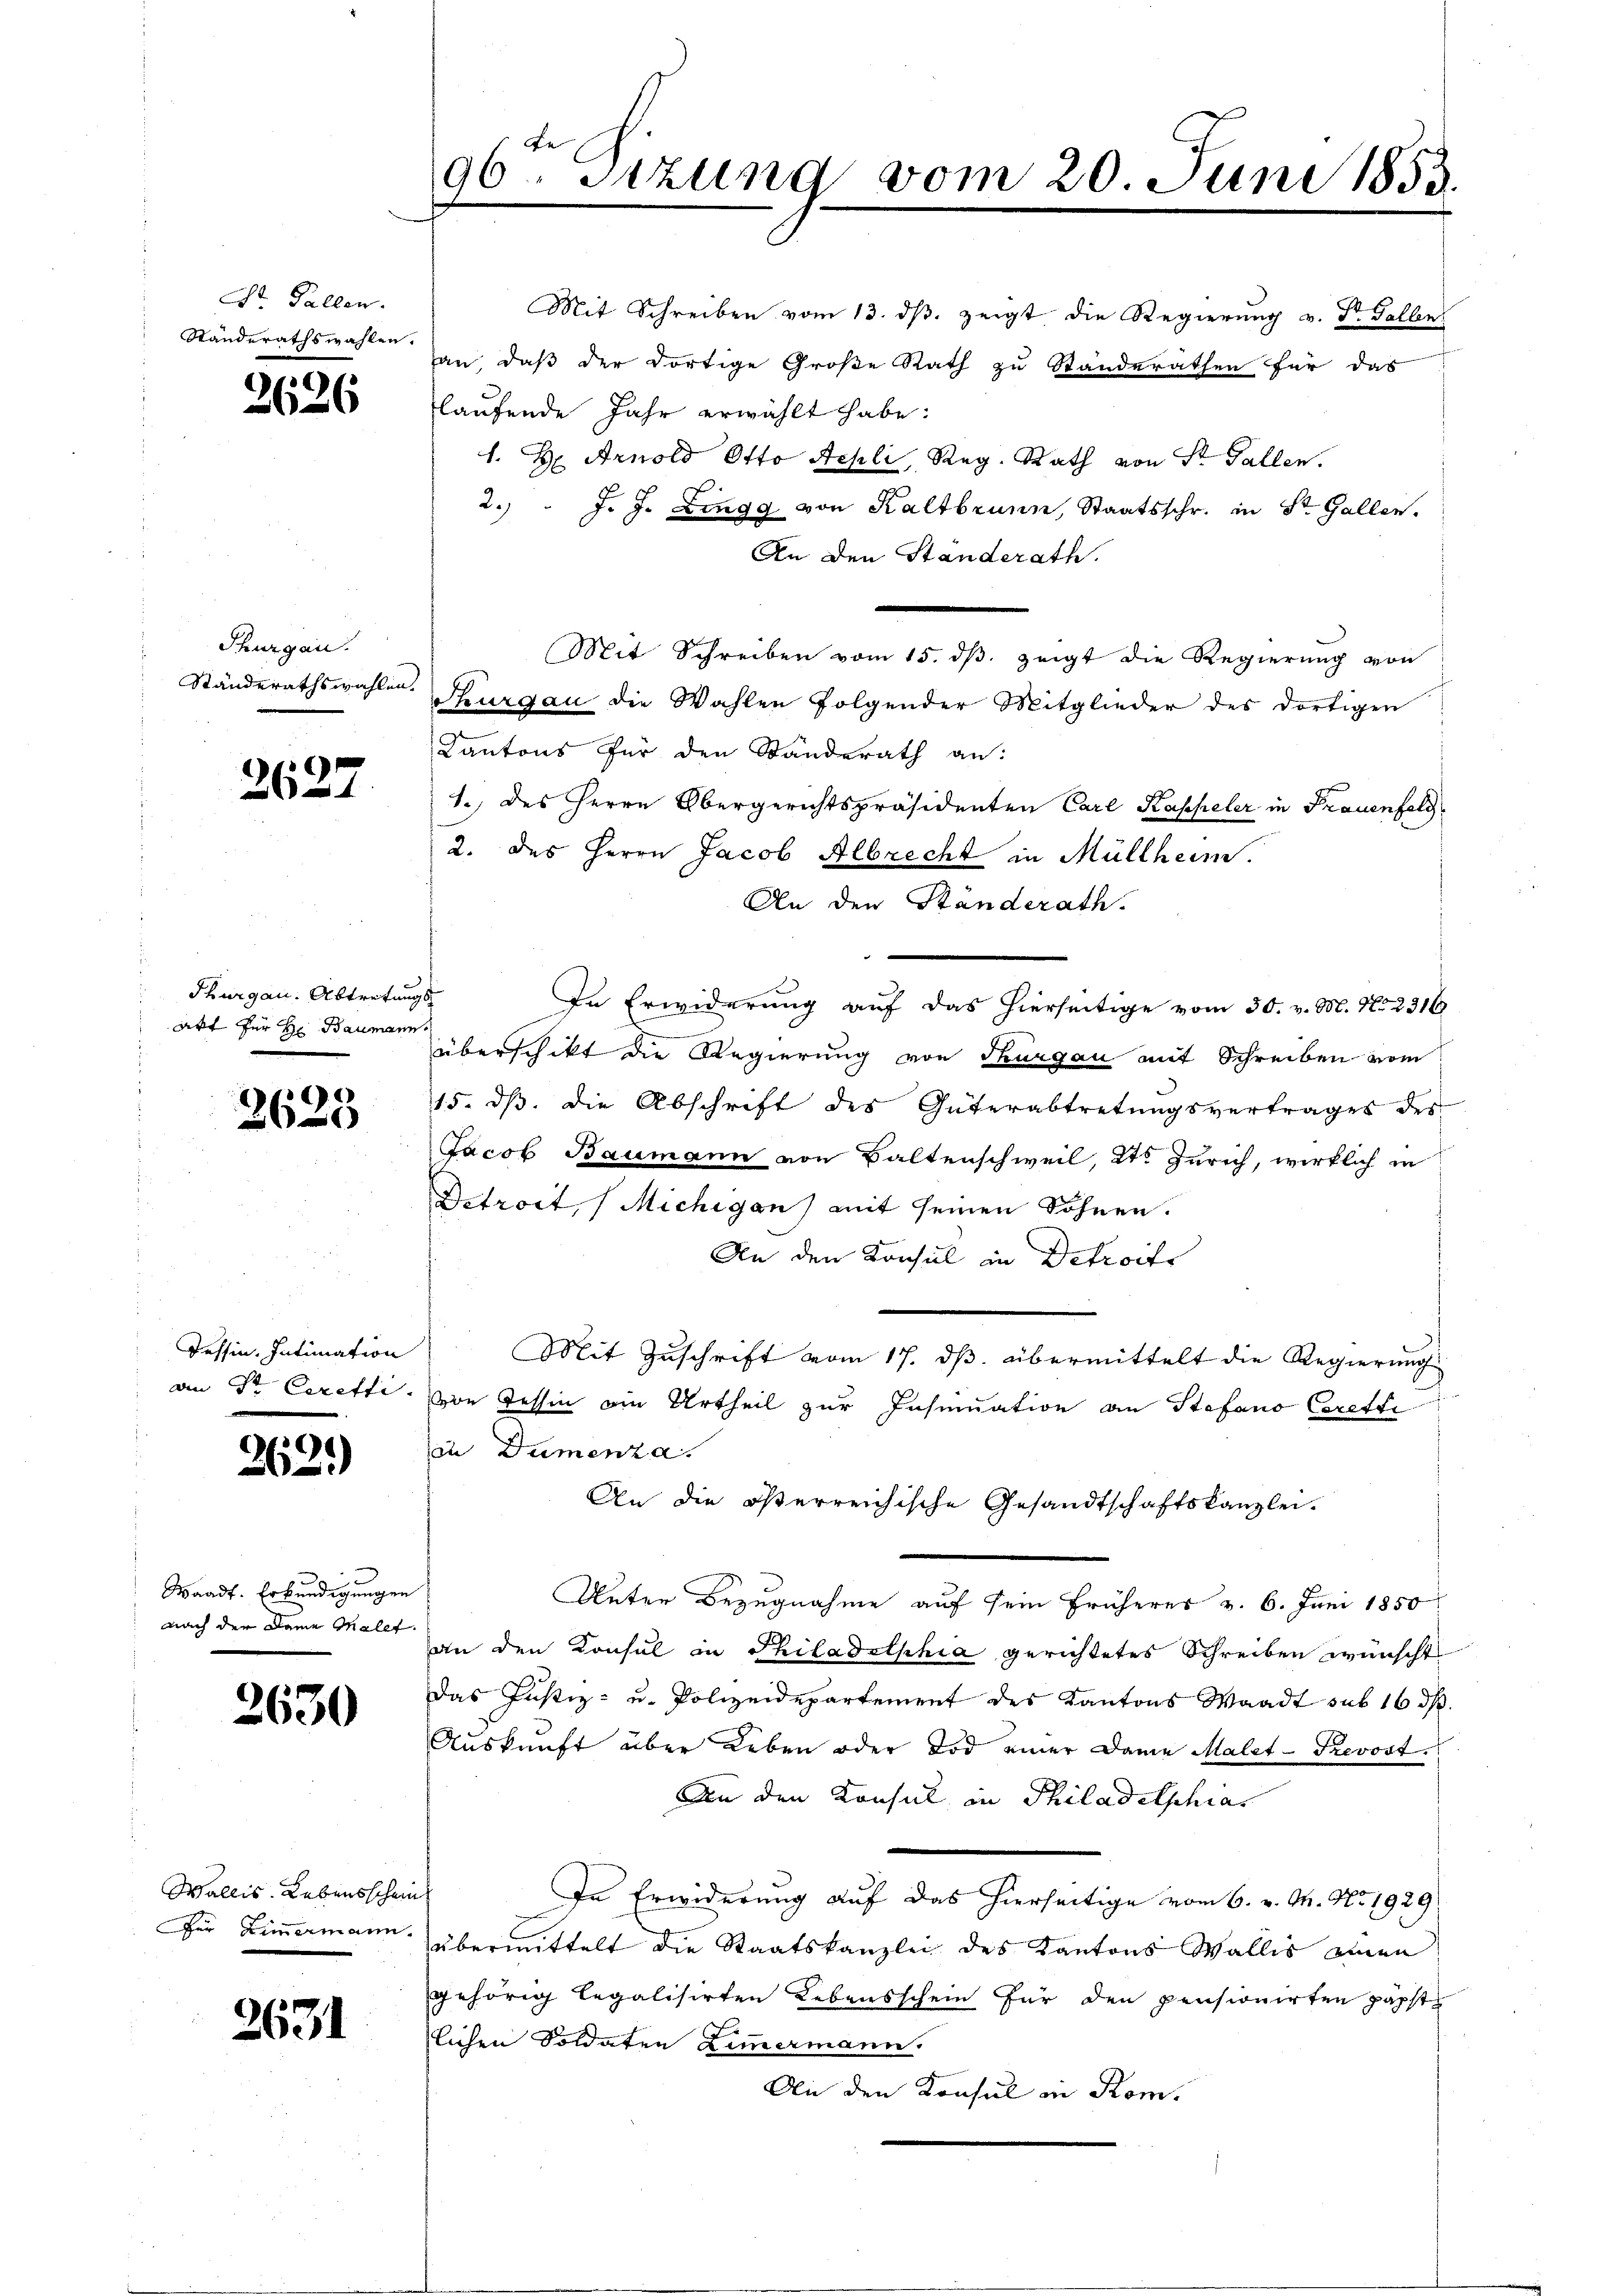
t Fallen.
Standerathswahlen.

.
2626

Thurgau.
Ständerathswahlen.

2627

Thurgau: Abtretungs
akt für Hr Baumann

3623

Tessin. Intimation
an Sr Ceretti.

262.)

Waadt. Erkundigungen
nach der Dame Mallt.

2630

Wallis. Lebensschein
für Zimmermann.

2631

de
96. Sitzung vom 20. Juni 1853.

Mit Schreiben vom 13. dβ zeigt die Regierŭng v. Dr. Gallen
an, daß der dortige Große Rath zu Standerathen für das
laufende Jahr erwählt habe:
1. Hr. Arnold Otto Aehli, Reg. Rath von Sr. Gallen.
2. " J. J. Zingg von Kaltbrunn, Staatsschr. in St. Gallen.
An den Standerath.
Thurgau die Wahlen folgender Mitglieder des dortigen
Kantons für den Standerath an:
1.) des Herrn Obergerichtspräsidenten Carl Kappeler in Frauenfeld¬
2. des Herrn Jacob Albrecht in Müllheim
An den Standerath.
In Erwiderung auf das hierseitige vom 30. v. M. No. 2316
überschikt die Regierung von Thurgau mit Schreiben vom
15. dβ. die Abschrift des Güterabtretŭngsvertrages des
Jacob Baumann von Baltenschweil, Kts Zürich, wirklich in
Detroit, (Michigen) mit seinen Söhnen.
An den Konsul in Detroits
Mit Zuschrift vom 17. ds. übermittelt die Regierung
vre Tessin am Urtheil zur Insinuation an Stefano Coretti
in Dumenza.
An die österreichische Gesandtschaftskanzlei.
Unter Bezugnahme auf sein früheres v. 6. Juni 1850
an den Konsul in Philadelphia gerichtetes Schreiben wünscht
Das Justiz- u. Polizeidepartement des Kantons Waadt sub 16 d
Auskunft über Leben oder Tod einer Dame Malet-Trevost
An den Konsul in Philadelphias
In Erwiderung auf das hierseitige vom 6. v. M. No. 1929
übermittelt die Staatskanzlei des Kantons Wallis einen
gehörig legalisirten Lebensschein für den pensionirten päpst
lichen Soldaten Zimmermann
An den Konsul in Rom.

Mit Schreiben vom 15. dβ zeigt die Regierung von